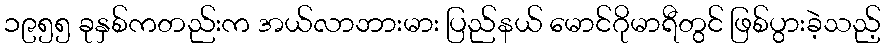
၁၉၅၅ ခုနှစ်ကတည်းက အယ်လာဘားမား ပြည်နယ် မောင်ဂိုမာရီတွင် ဖြစ်ပွားခဲ့သည့်